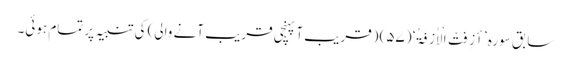
سابق سورہ ’أَزِفَتْ الْاٰزِفَۃُ‘ (۵۷) (قریب آ پہنچی قریب آنے والی) کی تنبیہ پر تمام ہوئی۔